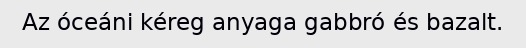
Az óceáni kéreg anyaga gabbró és bazalt.